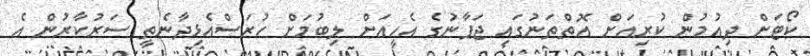
ކޯޓަށް ދިއުމުން ކުރިއަށް އޮތްތަނުގައި ޖަޕާނުގެ އެހީއަށް ލިބުމަށް ހުރަސްއެޅިދާނެތީ ސަރުކާރުން އެ